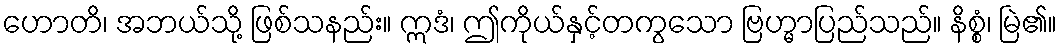
ဟောတိ၊ အဘယ်သို့ ဖြစ်သနည်း။ ဣဒံ၊ ဤကိုယ်နှင့်တကွသော ဗြဟ္မာပြည်သည်။ နိစ္စံ၊ မြဲ၏။